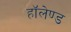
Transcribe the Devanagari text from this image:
हॉलेण्ड